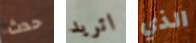
حدث اتريد الذي